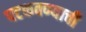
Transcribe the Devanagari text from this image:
पटकवण्याची